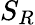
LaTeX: S_{R}